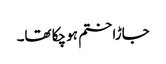
جاڑا ختم ہو چکا تھا۔